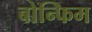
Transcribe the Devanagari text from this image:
बोन्फिम